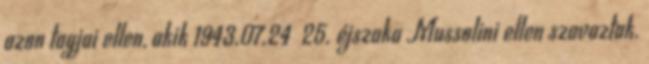
azon tagjai ellen, akik 1943.07.24 25. éjszaka Mussolini ellen szavaztak.